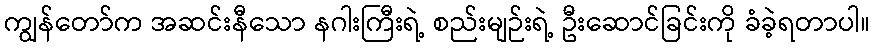
ကျွန်တော်က အဆင်းနီသော နဂါးကြီးရဲ့ စည်းမျဉ်းရဲ့ ဦးဆောင်ခြင်းကို ခံခဲ့ရတာပါ။